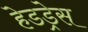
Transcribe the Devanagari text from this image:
हेडड्रेस